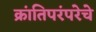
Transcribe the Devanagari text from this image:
क्रांतिपरंपरेचे